Annual report of the Punjab Veterinary College and of the Civil Veterinary Department, Punjab - 1926-1932
Year: 1926
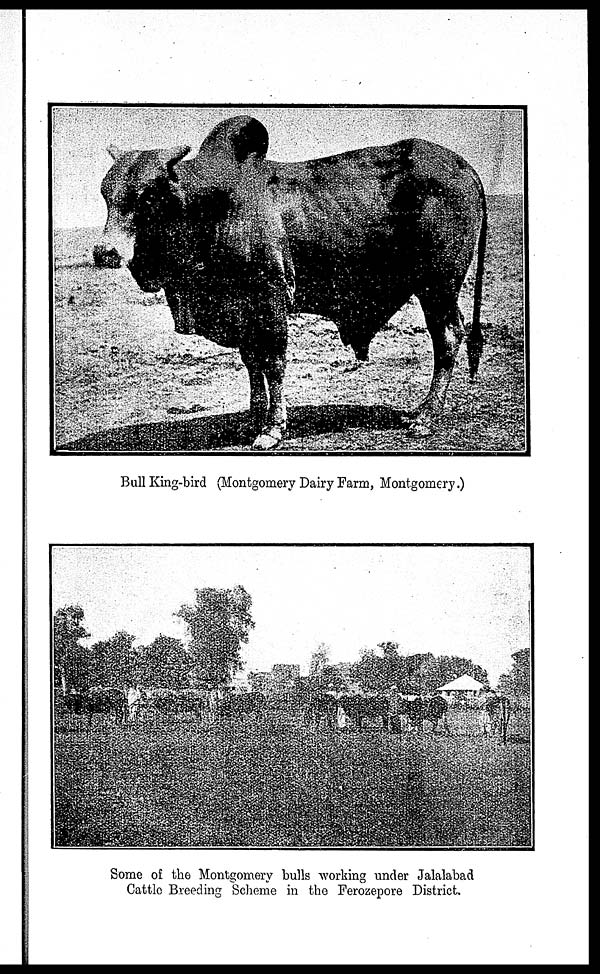
Bull King-bird (Montgomery Dairy Farm, Montgomery.)
Some of the Montgomery bulls working under Jalalabad
Cattle Breeding Scheme in the Ferozepore District.